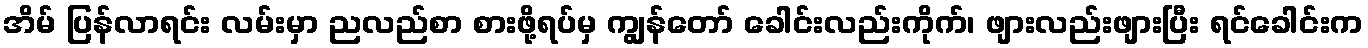
အိမ် ပြန်လာရင်း လမ်းမှာ ညလည်စာ စားဖို့ရပ်မှ ကျွန်တော် ခေါင်းလည်းကိုက်၊ ဖျားလည်းဖျားပြီး ရင်ခေါင်းက